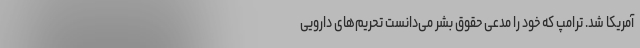
آمریکا شد. ترامپ که خود را مدعی حقوق بشر می‌دانست تحریم‌های دارویی